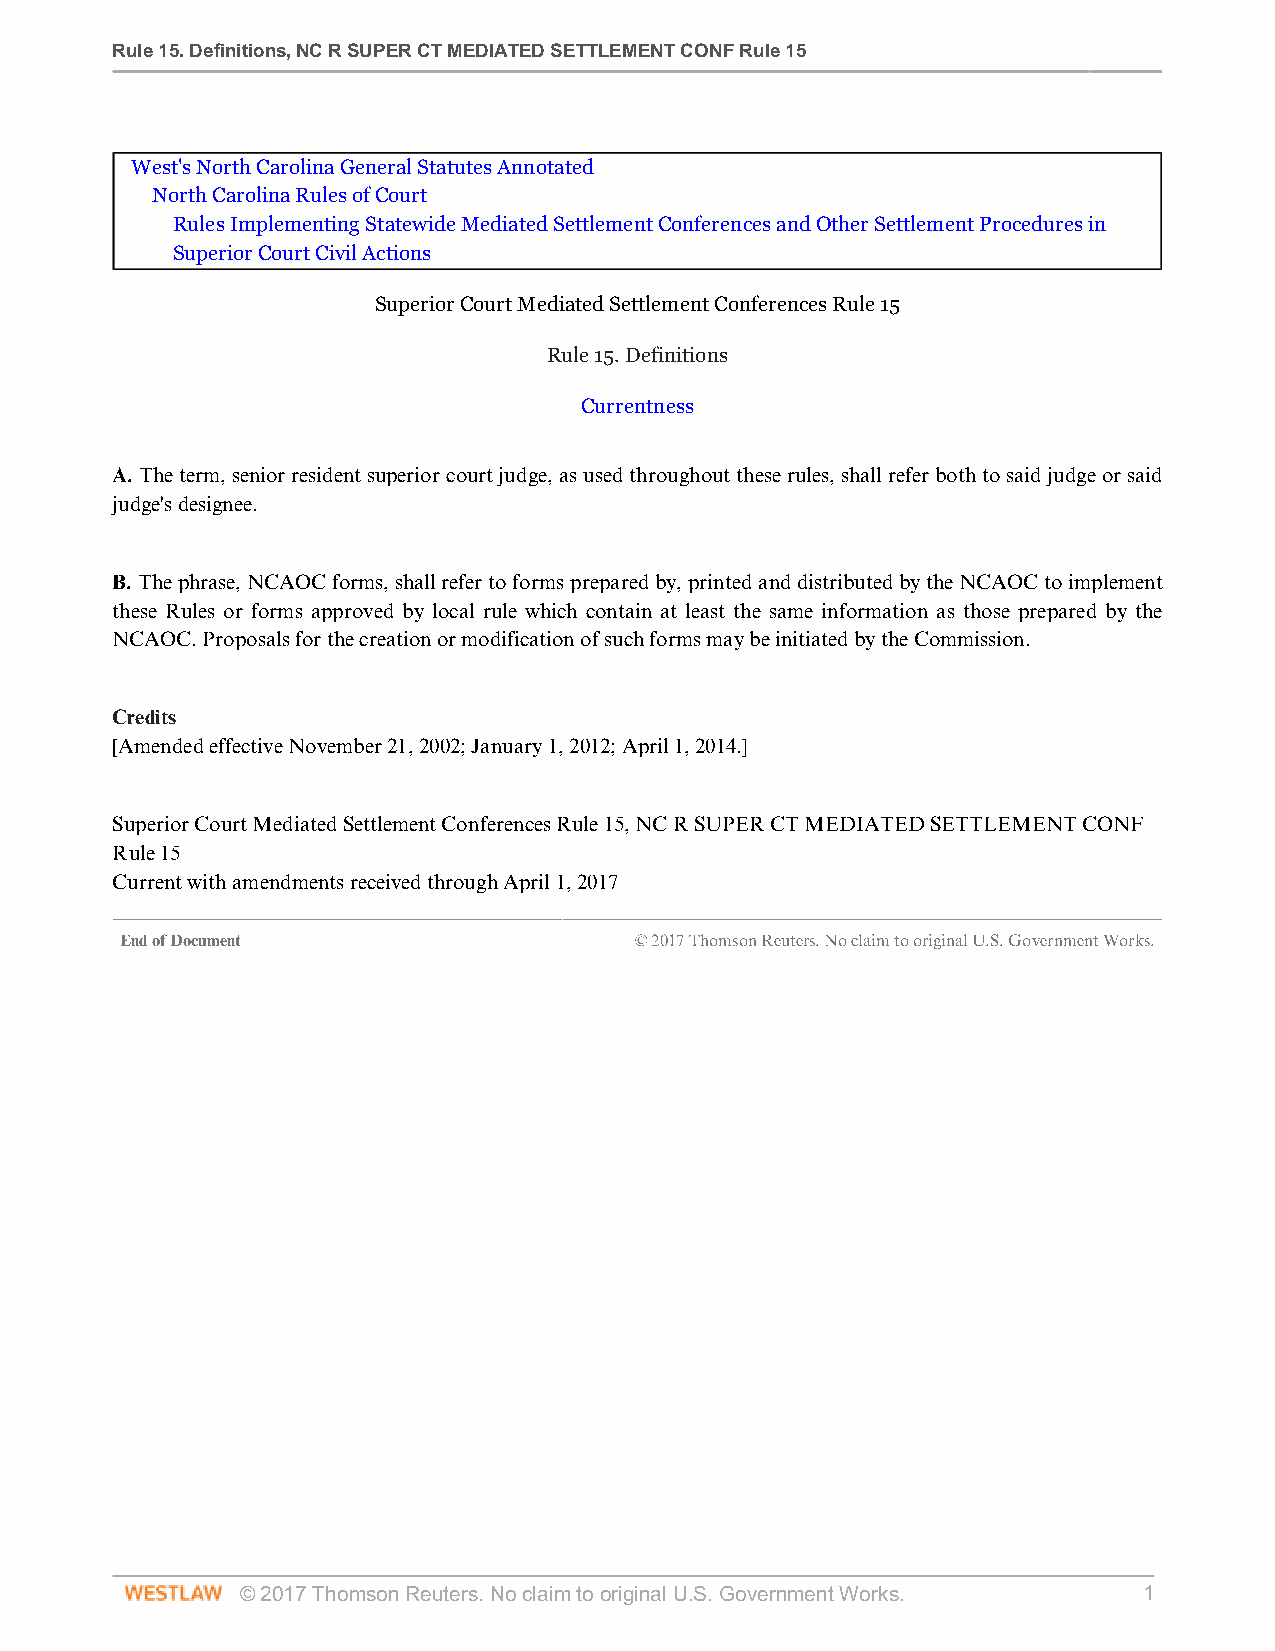
Rule 15. Definitions, NC R SUPER CT MEDIATED SETTLEMENT CONF Rule 15
 West's North Carolina General Statutes Annotated
 North Carolina Rules of Court
 Rules Implementing Statewide Mediated Settlement Conferences and Other Settlement Procedures in
 Superior Court Civil Actions
 Superior Court Mediated Settlement Conferences Rule 15
 Rule 15. Definitions
 Currentness
 A. The term, senior resident superior court judge, as used throughout these rules, shall refer both to said judge or said
 judge's designee.
 B. The phrase, NCAOC forms, shall refer to forms prepared by, printed and distributed by the NCAOC to implement
 these Rules or forms approved by local rule which contain at least the same information as those prepared by the
 NCAOC. Proposals for the creation or modification of such forms may be initiated by the Commission.
 Credits
 [Amended effective November 21, 2002; January 1, 2012; April 1, 2014.]
 Superior Court Mediated Settlement Conferences Rule 15, NC R SUPER CT MEDIATED SETTLEMENT CONF
 Rule 15
 Current with amendments received through April 1, 2017
 End of Document                   © 2017 Thomson Reuters. No claim to original U.S. Government Works.
 © 2017 Thomson Reuters. No claim to original U.S. Government Works. 1